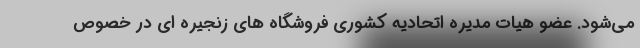
می‌شود. عضو هیات مدیره اتحادیه کشوری فروشگاه های زنجیره ای در خصوص